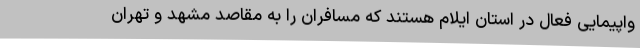
واپیمایی فعال در استان ایلام هستند که مسافران را به مقاصد مشهد و تهران